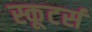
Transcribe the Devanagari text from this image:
स्कूटर्स